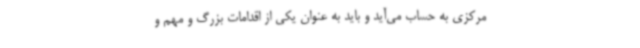
مرکزی به حساب می‌آید و باید به عنوان یکی از اقدامات بزرگ و مهم و